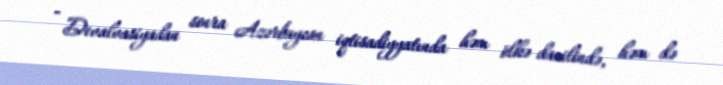
- Devalvasiyadan sonra Azərbaycan iqtisadiyyatında həm ölkə daxilində, həm də